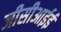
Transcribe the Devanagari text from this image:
जीसीआईई